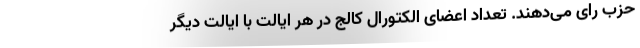
حزب رای می‌دهند. تعداد اعضای الکتورال کالج در هر ایالت با ایالت دیگر